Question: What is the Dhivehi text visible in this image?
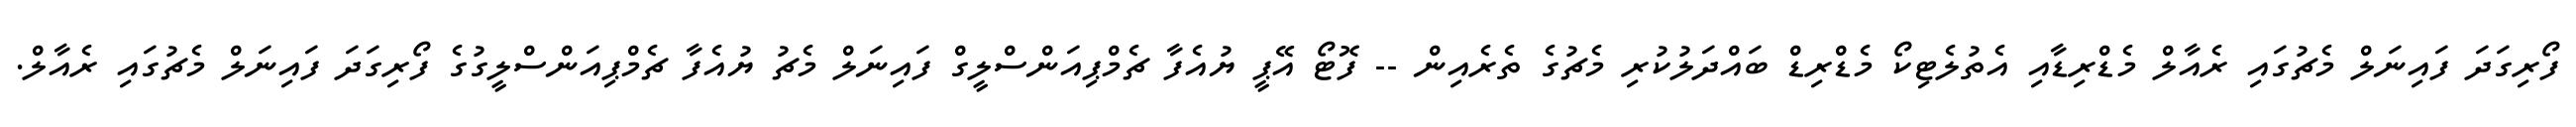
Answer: ފޯރިގަދަ ފައިނަލް މެޗުގައި ރެއާލް މެޑްރިޑާއި އެތުލެޓިކޯ މެޑްރިޑް ބައްދަލުކުރި މެޗުގެ ތެރެއިން -- ފޮޓޯ އޭޕީ ޔުއެފާ ޗެމްޕިއަންސްލީގް ފައިނަލް މެޗު ޔުއެފާ ޗެމްޕިއަންސްލީގުގެ ފޯރިގަދަ ފައިނަލް މެޗުގައި ރެއާލް.